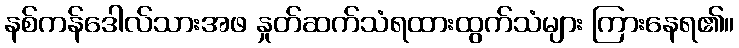
နစ်ကန်ဒေါလ်သားအဖ နှုတ်ဆက်သံရထားထွက်သံများ ကြားနေရ၏။